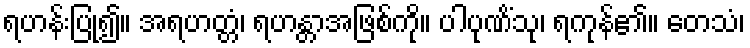
ရဟန်းပြု၍။ အရဟတ္တံ၊ ရဟန္တာအဖြစ်ကို။ ပါပုဏိံသု၊ ရကုန်၏။ တေသံ၊